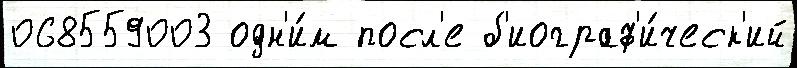
068559003 одн'и́м посл'е б'иограф'и́ческ'ий